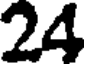
24